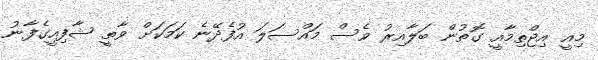
މިއީ އިޖްތިމާއީ ގޮތުން ބަލާއިރު ވެސް މައްސަލަ އުފެދޭނެ ކަމަކަށް ވާތީ ޝާފިއީގެފާނު